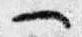
一